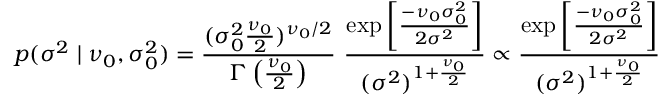
p ( \sigma ^ { 2 } \mid \nu _ { 0 } , \sigma _ { 0 } ^ { 2 } ) = { \frac { ( \sigma _ { 0 } ^ { 2 } { \frac { \nu _ { 0 } } { 2 } } ) ^ { \nu _ { 0 } / 2 } } { \Gamma \left( { \frac { \nu _ { 0 } } { 2 } } \right) } } ~ { \frac { \exp \left[ { \frac { - \nu _ { 0 } \sigma _ { 0 } ^ { 2 } } { 2 \sigma ^ { 2 } } } \right] } { ( \sigma ^ { 2 } ) ^ { 1 + { \frac { \nu _ { 0 } } { 2 } } } } } \propto { \frac { \exp \left[ { \frac { - \nu _ { 0 } \sigma _ { 0 } ^ { 2 } } { 2 \sigma ^ { 2 } } } \right] } { ( \sigma ^ { 2 } ) ^ { 1 + { \frac { \nu _ { 0 } } { 2 } } } } }